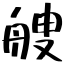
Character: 艘